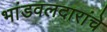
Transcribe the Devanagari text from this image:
भांडवलदारांचे